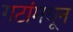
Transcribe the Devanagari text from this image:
गटांमधून